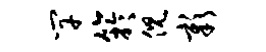
竿竽倪彰